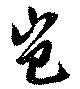
豈